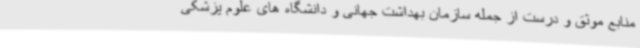
منابع موثق و درست از جمله سازمان بهداشت جهانی و دانشگاه های علوم پزشکی